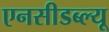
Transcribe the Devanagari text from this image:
एनसीडब्ल्यू